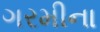
ગરમીના